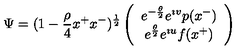
\Psi = ( 1 - { \frac { \rho } { 4 } } x ^ { + } x ^ { - } ) ^ { \frac { 1 } { 2 } } \left( \begin{array} { c } { e ^ { - { \frac { \theta } { 2 } } } e ^ { \imath v } p ( x ^ { - } ) } \\ { e ^ { { \frac { \theta } { 2 } } } e ^ { \imath u } f ( x ^ { + } ) } \\ \end{array} \right)